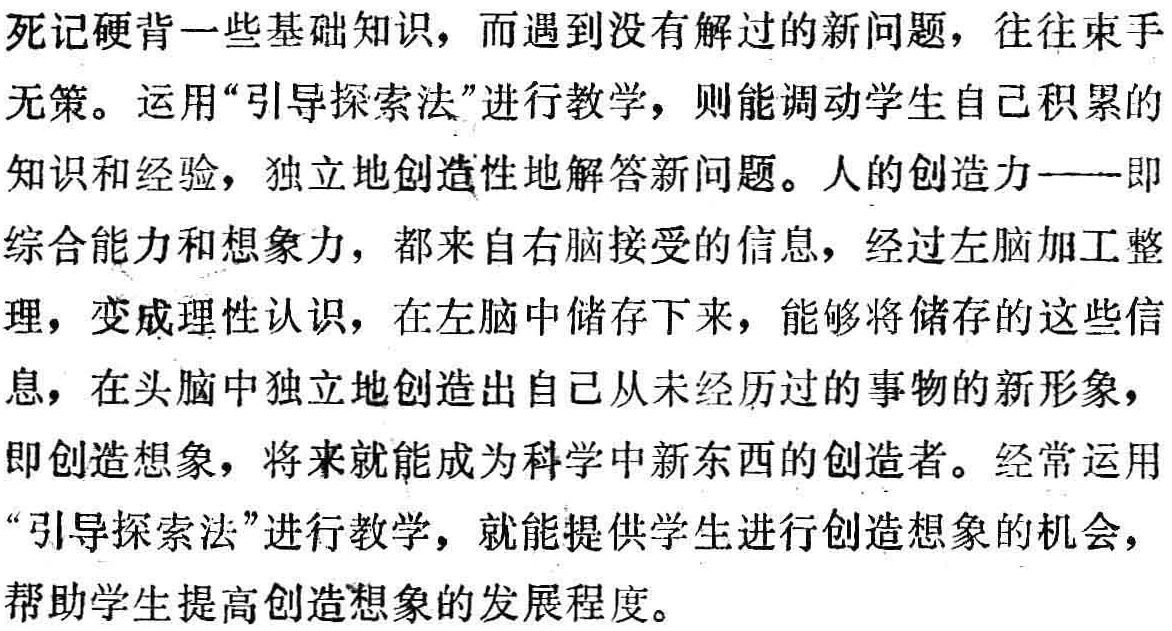
死记硬背一些基础知识，而遇到没有解过的新问题，往往束手无策。运用“引导探索法”进行教学，则能调动学生自己积累的知识和经验，独立地创造性地解答新问题。人的创造力——即综合能力和想象力，都来自右脑接受的信息，经过左脑加工整理，变成理性认识，在左脑中储存下来，能够将储存的这些信息，在头脑中独立地创造出自己从未经历过的事物的新形象，即创造想象，将来就能成为科学中新东西的创造者。经常运用“引导探索法”进行教学，就能提供学生进行创造想象的机会，帮助学生提高创造想象的发展程度。